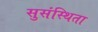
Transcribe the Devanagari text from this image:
सुसंस्थिता